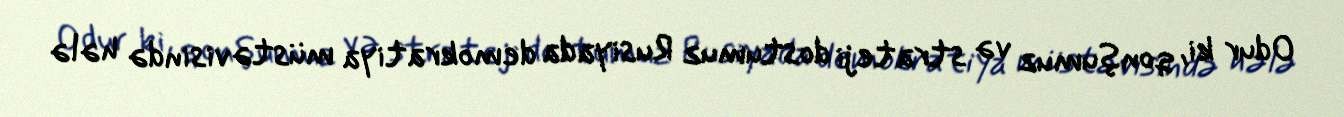
Odur ki, qonşumuz və strateji dostumuz Rusiyada demokratiya müstəvisində hələ